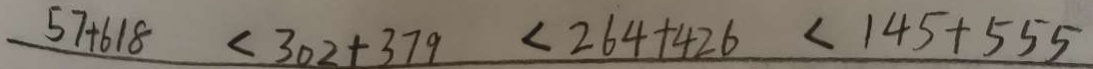
5 7 + 6 1 8 < 3 0 2 + 3 7 9 < 2 6 4 + 4 2 6 < 1 4 5 + 5 5 5